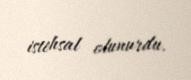
istehsal olunurdu.